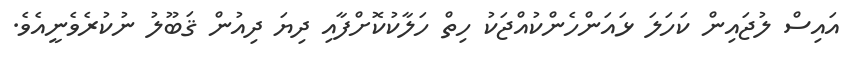
އައިސް ލުޖައިން ކަހަލަ ޅައަންހެންކުއްޖަކު ހިތް ހަލާކުކޮށްފާއި ދިޔަ ދިއުން ޤަބޫލު ނުކުރެވެނީއެވެ.